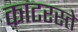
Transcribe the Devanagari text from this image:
काटरस्ते